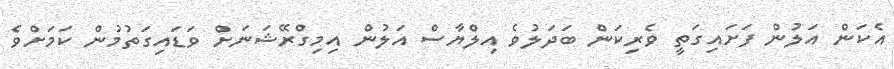
އެކަން އަލުން ފަށައިގަތީ ވެރިކަން ބަދަލުވެ އިލްޔާސް އަލުން އިމިގްރޭޝަނަށް ވަޑައިގަތުމުން ކަމަށްވެ